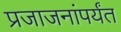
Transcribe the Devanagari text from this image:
प्रजाजनांपर्यंत